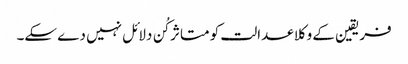
فریقین کے وکلا عدالت کو متاثر کُن دلائل نہیں دے سکے۔